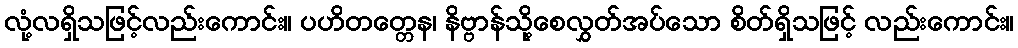
လုံ့လရှိသဖြင့်လည်းကောင်း။ ပဟိတတ္တေန၊ နိဗ္ဗာန်သို့စေလွှတ်အပ်သော စိတ်ရှိသဖြင့် လည်းကောင်း။